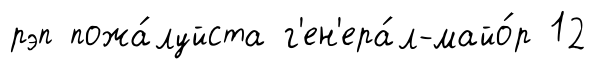
рэп пожа́луйста г'ен'ера́л-майо́р 12